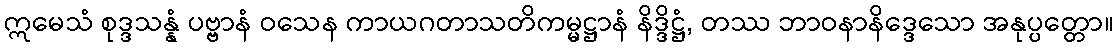
ဣမေသံ စုဒ္ဒသန္နံ ပဗ္ဗာနံ ဝသေန ကာယဂတာသတိကမ္မဋ္ဌာနံ နိဒ္ဒိဋ္ဌံ, တဿ ဘာဝနာနိဒ္ဒေသော အနုပ္ပတ္တော။